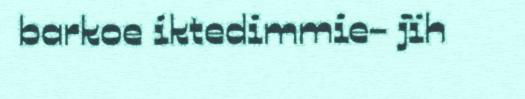
barkoe iktedimmie- jïh